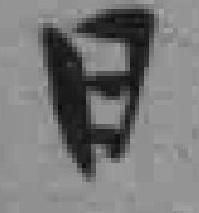
日